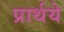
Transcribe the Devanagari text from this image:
प्रार्थये